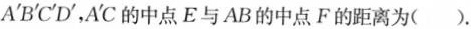
A'B'C'D'，A'C的中点E与AB的中点F的距离为( ).